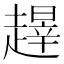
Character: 𬦝